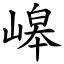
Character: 㟸